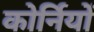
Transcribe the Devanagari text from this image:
कोर्नियों